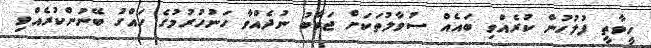
ހީވާތީ ފުލުހުން ކުރެއްވި ބައެއް ސުވާލުތަކަށް ޖަވާބު ނުދެއްވާ ހަނުހުރުމުގެ ހައްގު ބޭނުންކުރެއްވި